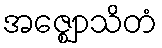
အဇ္ဈောသိတံ